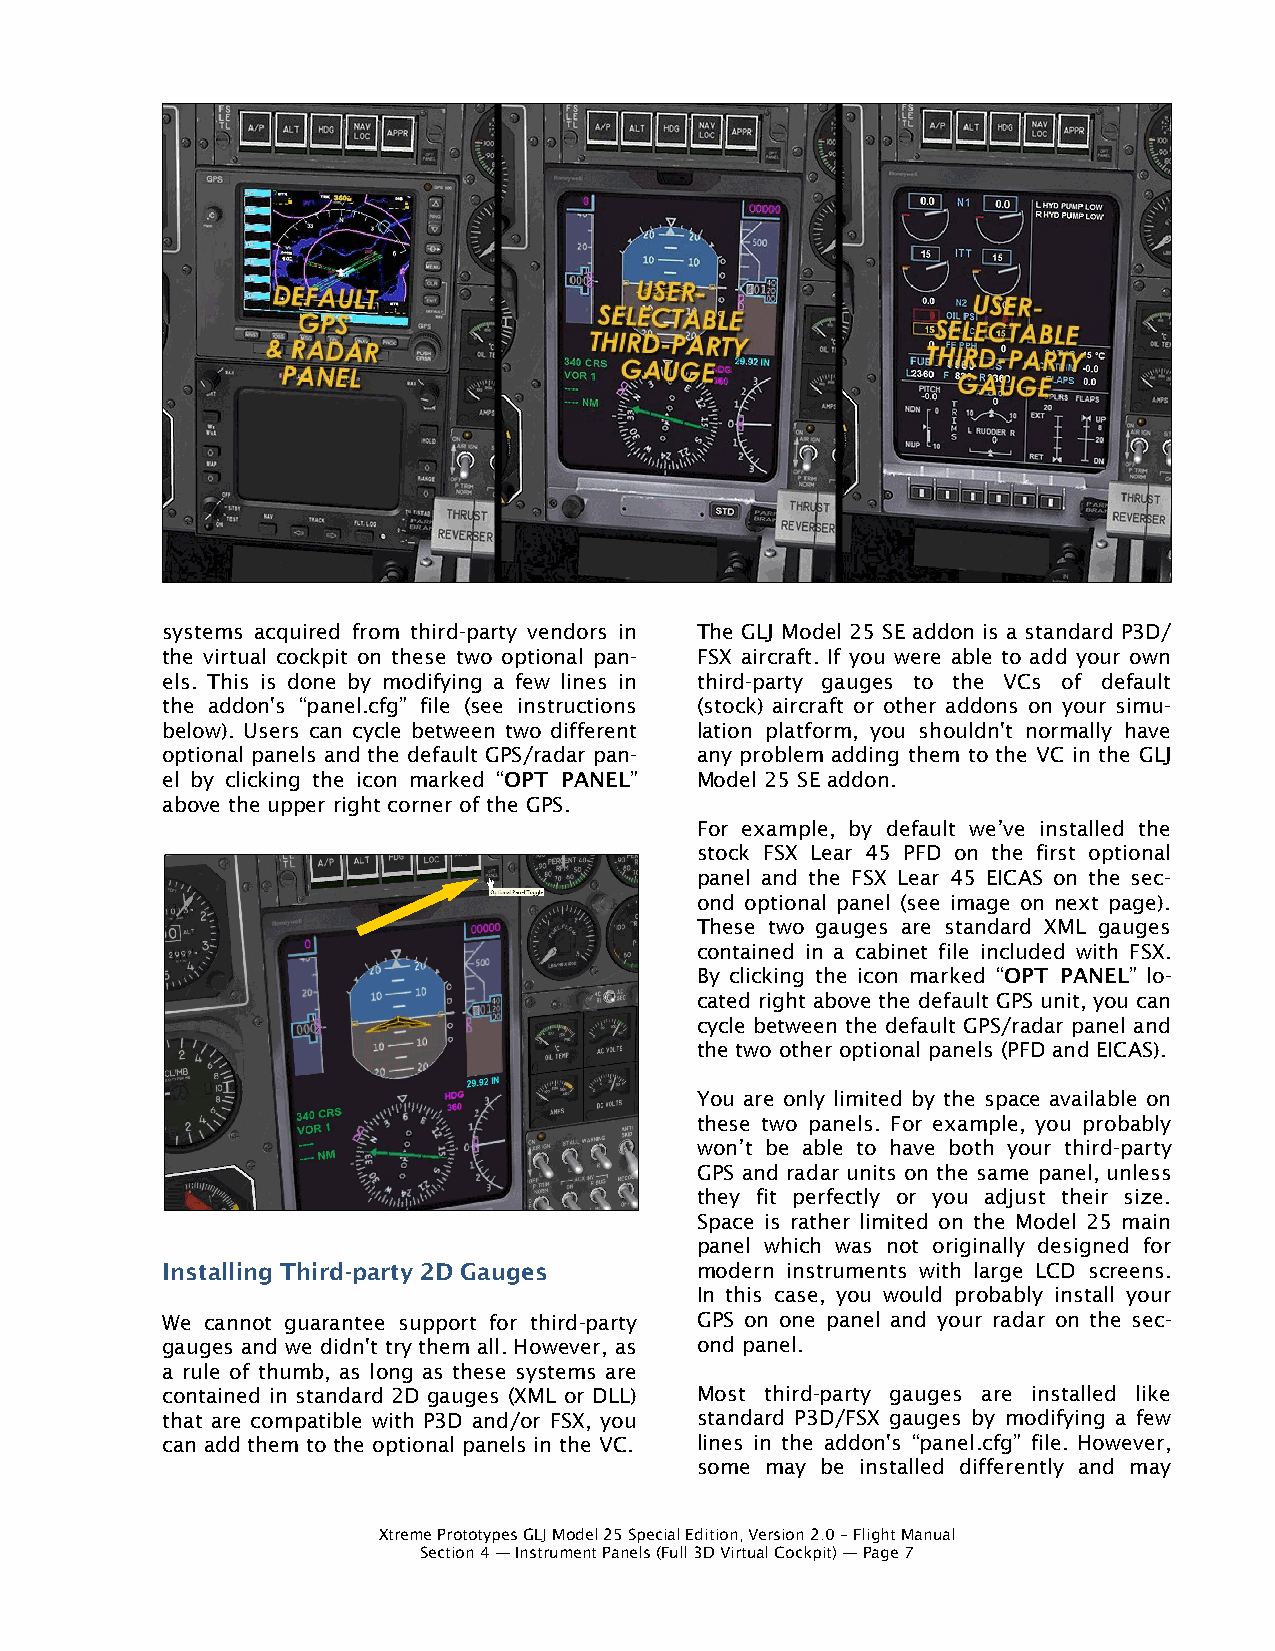
systems acquired from third-party vendors in The GLJ Model 25 SE addon is a standard P3D/
 the virtual cockpit on these two optional pan- FSX aircraft. If you were able to add your own
 els. This is done by modifying a few lines in third-party gauges to the VCs of default
 the addon's “panel.cfg” file (see instructions (stock) aircraft or other addons on your simu-
 below). Users can cycle between two different lation platform, you shouldn't normally have
 optional panels and the default GPS/radar pan- any problem adding them to the VC in the GLJ
 el by clicking the icon marked “OPT PANEL” Model 25 SE addon.
 above the upper right corner of the GPS.
 For example, by default we’ve installed the
 stock FSX Lear 45 PFD on the first optional
 panel and the FSX Lear 45 EICAS on the sec-
 ond optional panel (see image on next page).
 These two gauges are standard XML gauges
 contained in a cabinet file included with FSX.
 By clicking the icon marked “OPT PANEL” lo-
 cated right above the default GPS unit, you can
 cycle between the default GPS/radar panel and
 the two other optional panels (PFD and EICAS).
 You are only limited by the space available on
 these two panels. For example, you probably
 won’t be able to have both your third-party
 GPS and radar units on the same panel, unless
 they fit perfectly or you adjust their size.
 Space is rather limited on the Model 25 main
 panel which was not originally designed for
 Installing Third-party 2D Gauges   modern instruments with large LCD screens.
 In this case, you would probably install your
 We cannot guarantee support for third-party GPS on one panel and your radar on the sec-
 gauges and we didn't try them all. However, as ond panel.
 a rule of thumb, as long as these systems are
 contained in standard 2D gauges (XML or DLL) Most third-party gauges are installed like
 that are compatible with P3D and/or FSX, you standard P3D/FSX gauges by modifying a few
 can add them to the optional panels in the VC. lines in the addon's “panel.cfg” file. However,
 some may be installed differently and may
 Xtreme Prototypes GLJ Model 25 Special Edition, Version 2.0 – Flight Manual
 Section 4 — Instrument Panels (Full 3D Virtual Cockpit) — Page 7